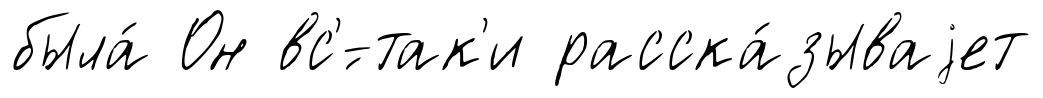
была́ Он вс'́-так'и расска́зываjет